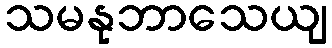
သမနုဘာသေယျ